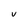
Character: V